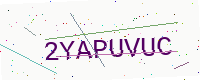
Text: 2YAPUVUC